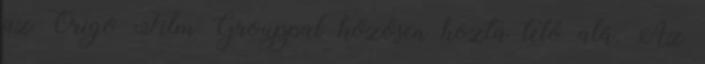
az Origo Film Grouppal közösen hozta tető alá. Az